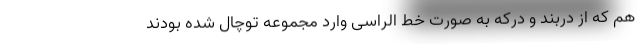
هم که از دربند و درکه به صورت خط الراسی وارد مجموعه توچال شده بودند